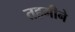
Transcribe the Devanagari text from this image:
तहमीने